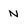
Character: n